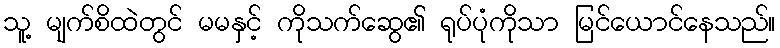
သူ့ မျက်စိထဲတွင် မမနှင့် ကိုသက်ဆွေ၏ ရုပ်ပုံကိုသာ မြင်ယောင်နေသည်။